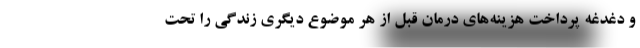
و دغدغه پرداخت هزینه‌های درمان قبل از هر موضوع دیگری زندگی را تحت